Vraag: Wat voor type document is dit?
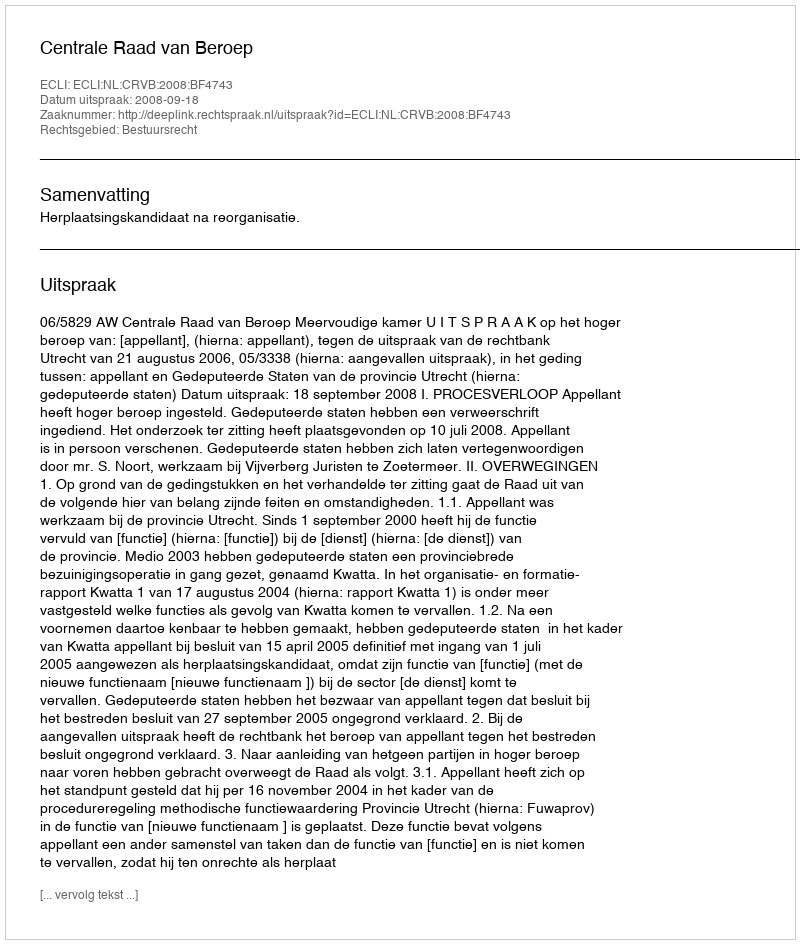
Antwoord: Uitspraak